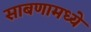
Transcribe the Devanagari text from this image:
साबणामध्ये